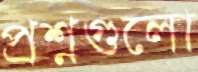
প্রশ্নগুলো